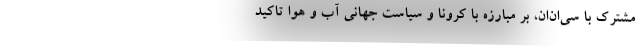
مشترک با سی‌ان‌ان، بر مبارزه با کرونا و سیاست جهانی آب و هوا تاکید